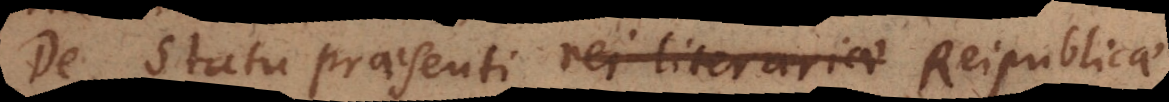
De Statu praesenti rei literariae Reipublicae